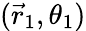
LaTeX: (\vec{r}_{1},\theta_{1})